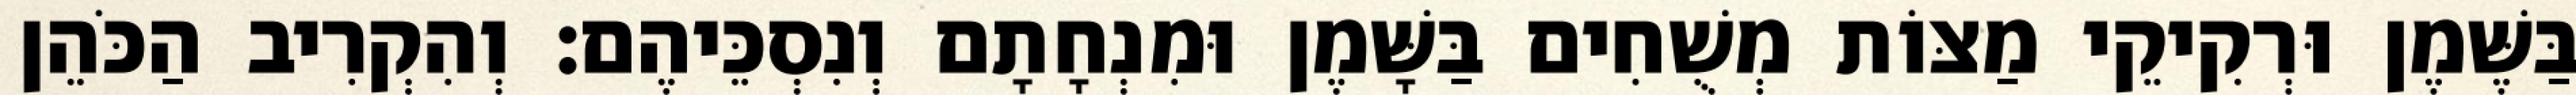
בַּשֶּׁמֶן וּרְקִיקֵי מַצּוֹת מְשֻׁחִים בַּשָּׁמֶן וּמִנְחָתָם וְנִסְכֵּיהֶם׃ וְהִקְרִיב הַכֹּהֵן